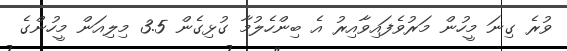
ވުރެ ގިނަ މީހުން މަރުވެފައިވާއިރު އެ ބިންހެލުމާ ގުޅިގެން 3.5 މިލިއަން މީހުންގެ